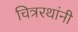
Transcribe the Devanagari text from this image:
चित्ररथांनी